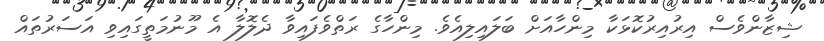
ޝިޒާންވެސް އިރުއިރުކޮޅަކާ މިންހާއަށް ބަލައިލިއެވެ. މިންހާގެ ރަތްވެފައިވާ ދެލޮލާ އެ މޫނުމަތީގައިވި އަސަރުތައް